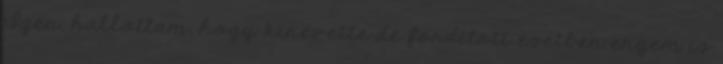
Igen, hallottam, hogy kinevette de fordított esetben engem is